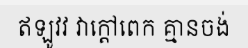
ឥឡូវវ វាក្តៅពេក គ្មានចង់